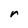
Character: r